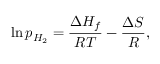
\ln { p _ { H _ { 2 } } } = \frac { { \Delta } { H _ { f } } } { R T } - \frac { { \Delta } S } { R } ,